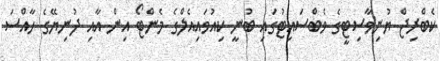
ކެބްރިޖް ޔުނިވާސިޓީގެ ވެބްސައިޓުގައި ބުނީ ކިއުވައިއެލްގެ މެންޓޯ އިން އާއި ދުނިޔޭގެ ހާއްސަ